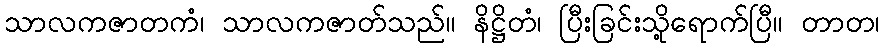
သာလကဇာတကံ၊ သာလကဇာတ်သည်။ နိဋ္ဌိတံ၊ ပြီးခြင်းသို့ရောက်ပြီ။ တာတ၊